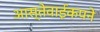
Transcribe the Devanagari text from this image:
आस्तेवाईकपने